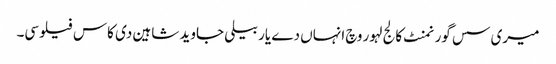
میری سس گورنمنٹ کالج لہور وچ انہاں دے یار بیلی جاوید شاہین دی کاس فیلوسی۔